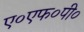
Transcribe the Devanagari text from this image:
ए०एफ०पी०